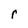
Character: r